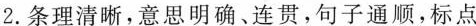
Class：Class2，Grade6